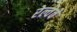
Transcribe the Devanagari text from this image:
रेल्वेवे